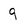
Character: g